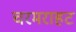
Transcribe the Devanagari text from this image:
चरमराहट